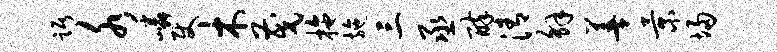
踞水嶙使木茂拖施三丞醉清解善景埽